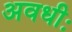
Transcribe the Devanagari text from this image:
अवधीः